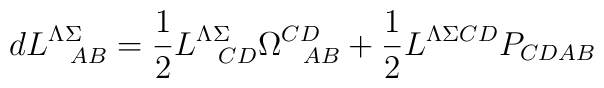
d L^{\Lambda\Sigma}_{\ \ AB} = {1 \over 2}L^{\Lambda\Sigma}_{\ \ CD}\Omega^{CD}_{\ \ AB} + {1 \over 2}L^{\Lambda\Sigma CD} P_{CD AB}